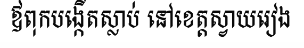
ឪពុកបង្កើតស្លាប់ នៅខេត្តស្វាយរៀង